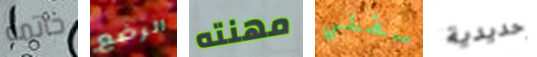
خاتمه الرضع مهنته سفلي حديدية